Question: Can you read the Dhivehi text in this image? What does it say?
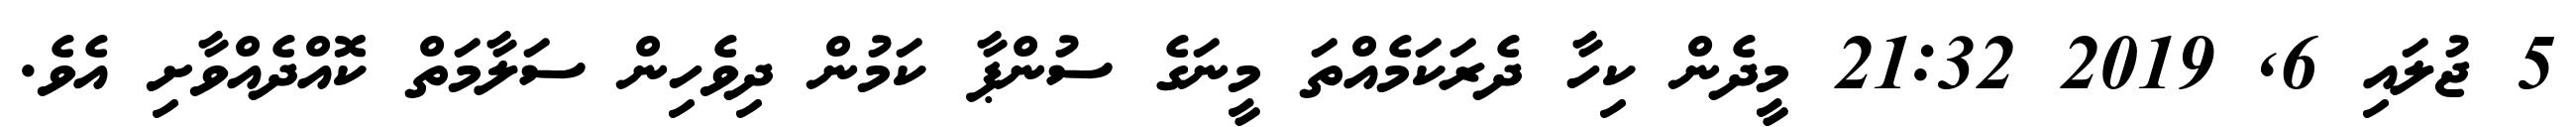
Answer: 5 ޖުލައި 6, 2019 21:32 މީދެން ކިހާ ދެރަކަމެއްތަ މީނަގެ ސުންޕާ ކަމުން ދިވެހިން ސަލާމަތް ކޮއްދެއްވާށި އެވެ.